Civil Veterinary Department Bihar reports 1936-40 - 1936-1940
Year: 1936
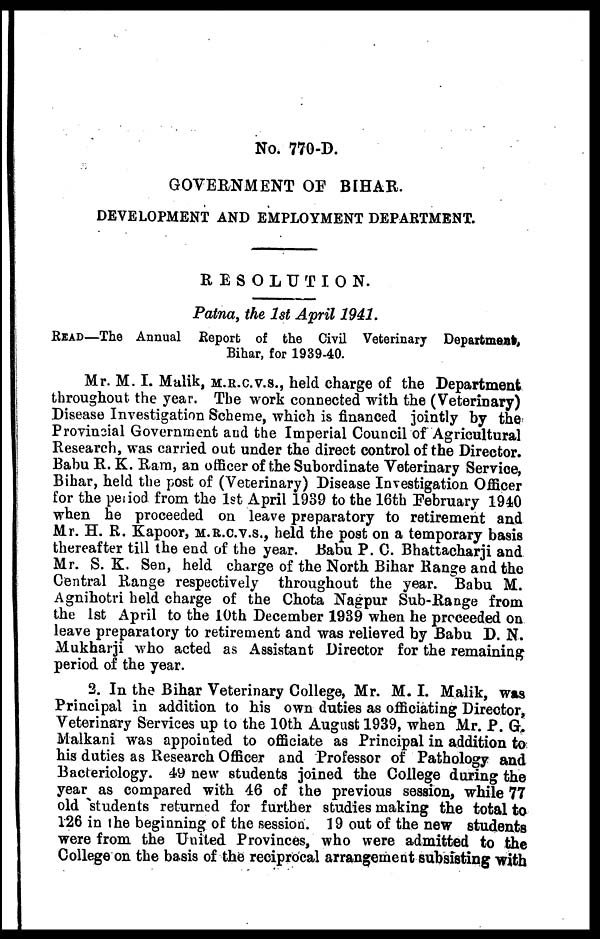
No. 770-D.
GOVERNMENT OF BIHAR.
DEVELOPMENT AND EMPLOYMENT DEPARTMENT.
RESOLUTION.
Patna, the 1st April 1941.
READ—The Annual Report of the Civil Veterinary Departmeat,
Bihar, for 1939-40.
Mr. M. I. Malik, M.R.C.V.S., held charge of the Department
throughout the year. The work connected with the (Veterinary)
Disease Investigation Scheme, which is financed jointly by the
Provincial Government and the Imperial Council of Agricultural
Research, was carried out under the direct control of the Director.
Babu R. K. Ram, an officer of the Subordinate Veterinary Service,
Bihar, held the post of (Veterinary) Disease Investigation Officer
for the period from the 1st April 1939 to the 16th February 1940
when he proceeded on leave preparatory to retirement and
Mr. H. R. Kapoor, M.R.C.V.S., held the post on a temporary basis
thereafter till the end of the year. Babu P. C. Bhattacharji and
Mr. S. K. Sen, held charge of the North Bihar Range and the
Central Range respectively throughout the year. Babu M.
Agnihotri held charge of the Chota Nagpur Sub-Range from
the 1st April to the 10th December 1939 when he proceeded on
leave preparatory to retirement and was relieved by Babu D. N.
Mukharji who acted as Assistant Director for the remaining
period of the year.
2. In the Bihar Veterinary College, Mr. M. I. Malik, was
Principal in addition to his own duties as officiating Director,
Veterinary Services up to the 10th August 1939, when Mr. P. G.
Malkani was appointed to officiate as Principal in addition to
his duties as Research Officer and Professor of Pathology and
Bacteriology. 49 new students joined the College during the
year as compared with 46 of the previous session, while 77
old students returned for further studies making the total to
126 in the beginning of the session. 19 out of the new students
were from the United Provinces, who were admitted to the
College on the basis of the reciprocal arrangement subsisting with